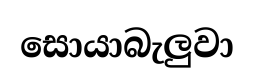
සොයාබැලුවා